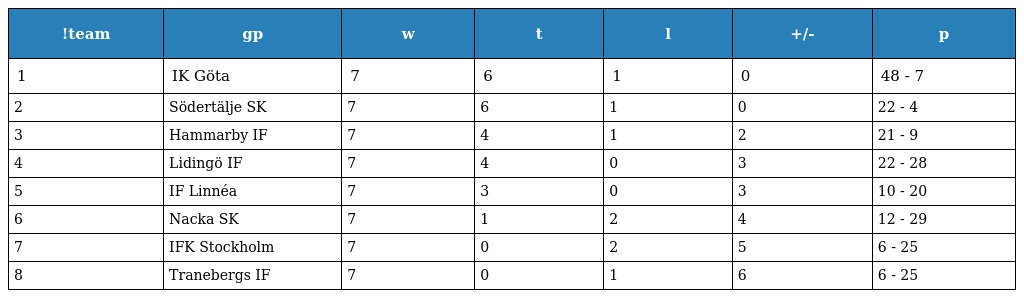
| !team | gp | w | t | l | +/- | p |
 | --- | --- | --- | --- | --- | --- | --- |
 | 1 | IK Göta | 7 | 6 | 1 | 0 | 48 - 7 |
 | 2 | Södertälje SK | 7 | 6 | 1 | 0 | 22 - 4 |
 | 3 | Hammarby IF | 7 | 4 | 1 | 2 | 21 - 9 |
 | 4 | Lidingö IF | 7 | 4 | 0 | 3 | 22 - 28 |
 | 5 | IF Linnéa | 7 | 3 | 0 | 3 | 10 - 20 |
 | 6 | Nacka SK | 7 | 1 | 2 | 4 | 12 - 29 |
 | 7 | IFK Stockholm | 7 | 0 | 2 | 5 | 6 - 25 |
 | 8 | Tranebergs IF | 7 | 0 | 1 | 6 | 6 - 25 |